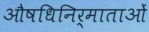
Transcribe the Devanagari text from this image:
औषधिनिर्माताओं